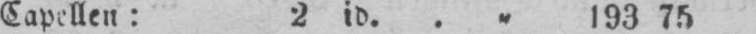
Capellen: 2 is. .„ 193 75